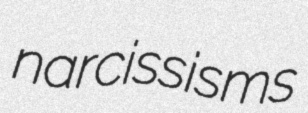
narcissisms